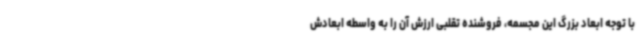
با توجه ابعاد بزرگ این مجسمه، فروشنده تقلبی ارزش آن را به واسطه ابعادش